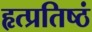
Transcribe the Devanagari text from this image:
हृत्प्रतिष्ठं